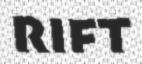
RIFT